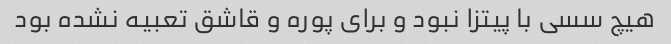
هیچ سسی با پیتزا نبود و برای پوره و قاشق تعبیه نشده بود